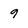
Character: 9